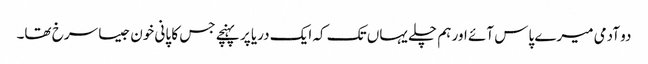
دو آدمی میرے پاس آئے اور ہم چلے یہاں تک کہ ایک دریا پر پہنچے جس کا پانی خون جیسا سرخ تھا۔